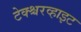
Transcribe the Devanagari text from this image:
टेक्श्चरव्हाइट